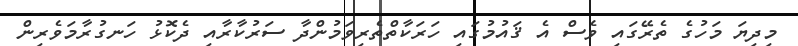
މިދިޔަ މަހުގެ ތެރޭގައި ވެސް އެ ޤައުމުގައި ހަރަކާތްތެރިވަމުންދާ ސަރުކާރާއި ދެކޮޅު ހަނގުރާމަވެރިން